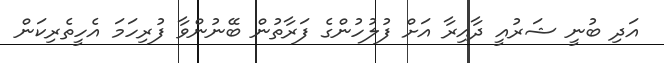
އަދި ބުނީ ޝަރުއީ ދާއިރާ އަށް ފުލުހުންގެ ފަރާތުން ބޭނުންވާ ފުރިހަމަ އެހީތެރިކަން